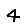
Digit: 4